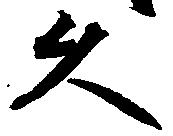
久